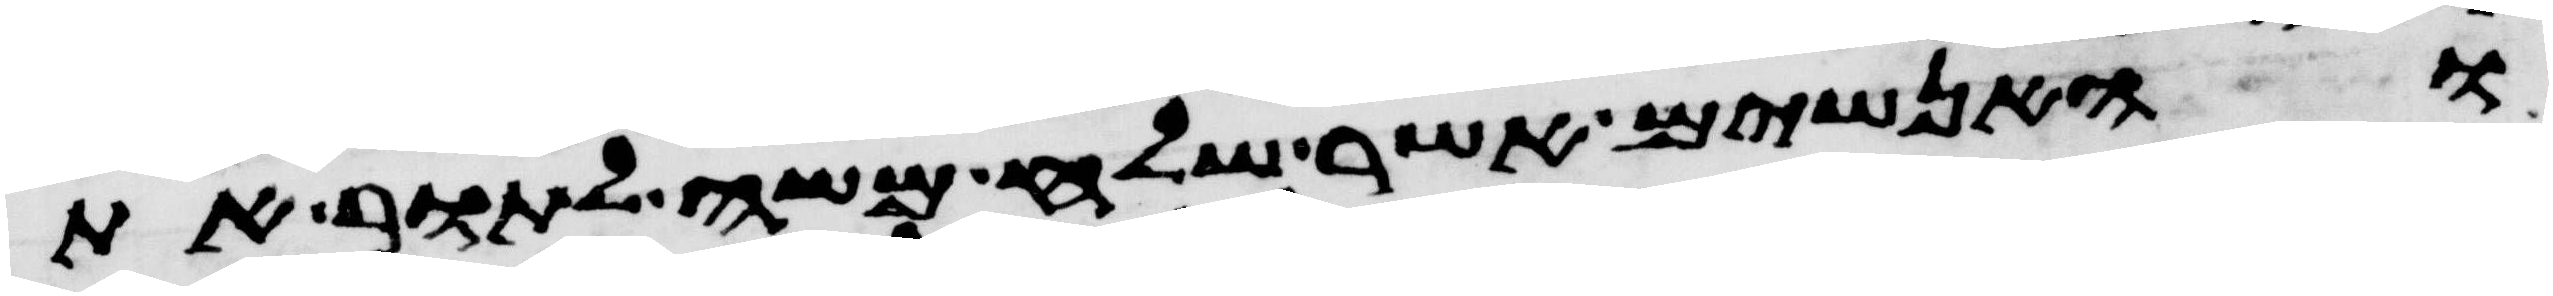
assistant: והאנשים אשר שלח משה לתור את